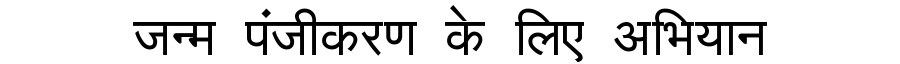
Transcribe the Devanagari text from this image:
जन्म पंजीकरण के लिए अभियान